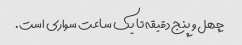
چهل و پنج دقیقه تا یک ساعت سواری است.